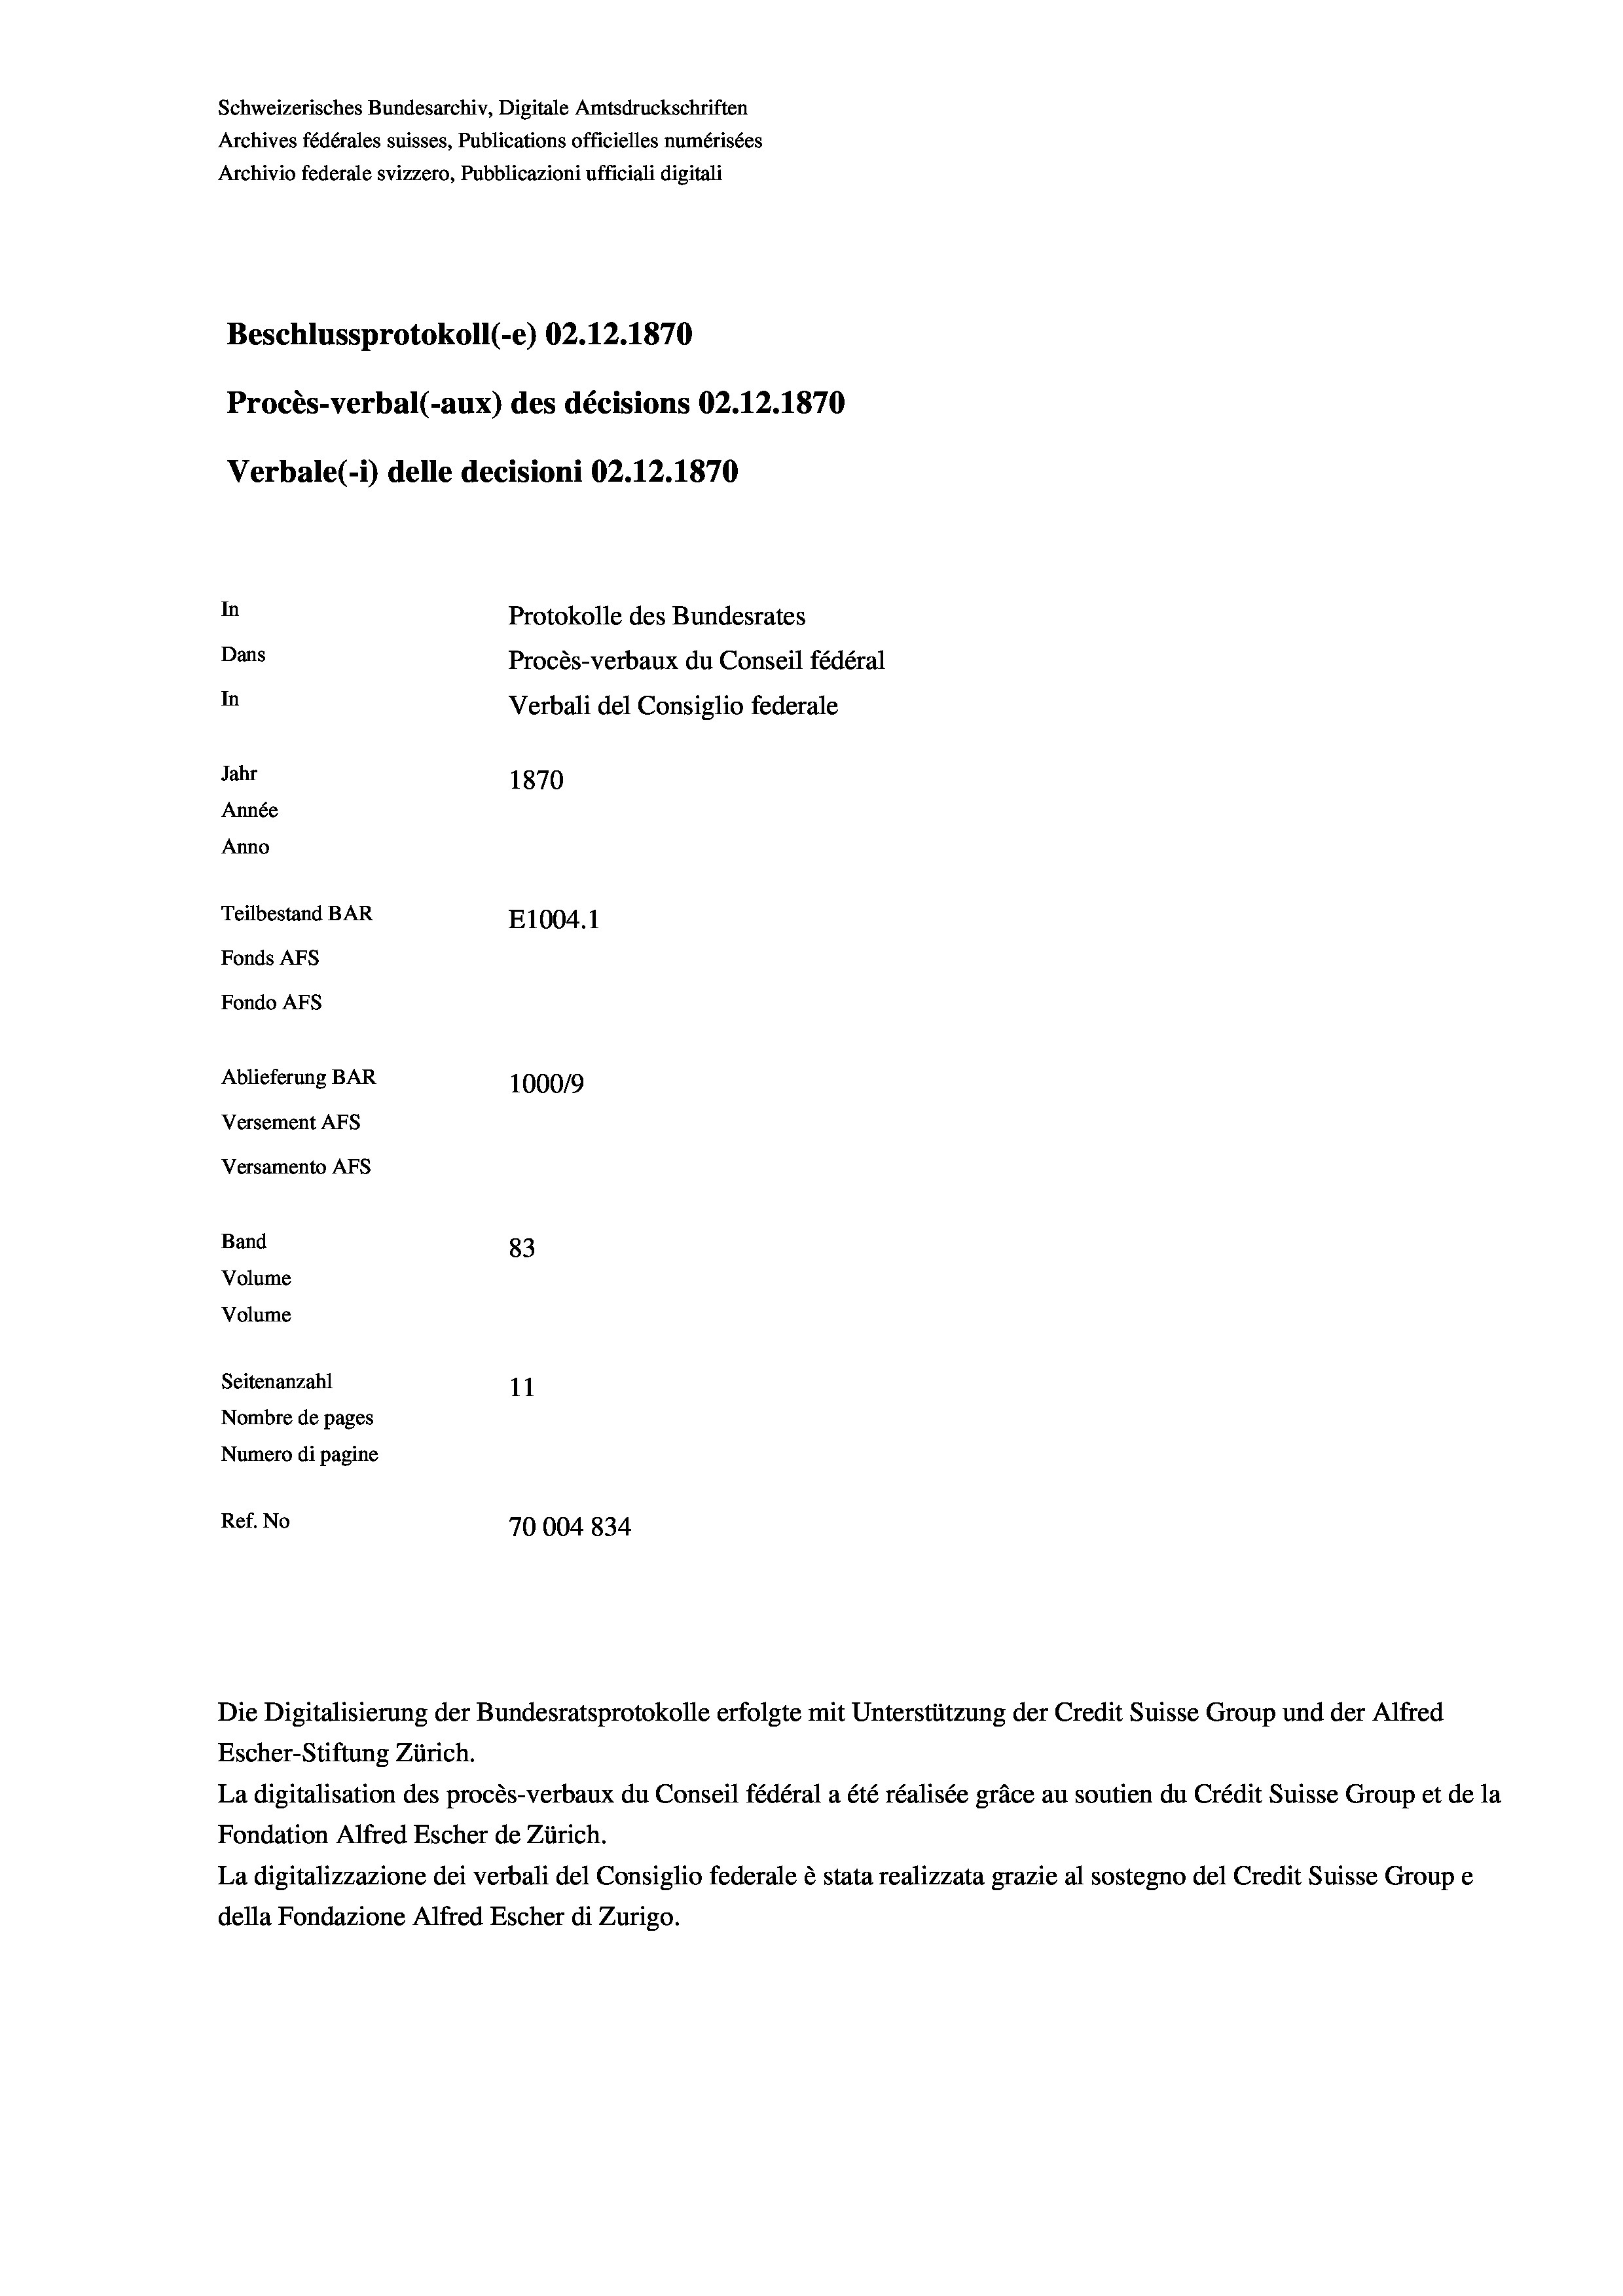
Schweizerisches Bundesarchiv, Digitale Amtsdruckschriften
Archives fédérales suisses, Publications officielles numérisées
Archivio federale svizzero, Pubblicazioni ufficiali digitali
Beschlussprotokoll (-e) 02.12.1870
Procès-verbal (-aux) des décisions 02.12.1870
Verbale (i) delle decisioni 02.12.1870
In
Protokolle des Bundesrates
Dans
Procès-verbaux du Conseil fédéral
In
Verbali del Consiglio federale
Jahr
1870
Année
Anno
Teilbestand BAR
E1004.1
Fonds Afs
Fondo AFs
Ablieferung BAR
100019
Versement Abs
Versamento Afs
Band
83
Volume
Volume

Seitenanzahl
11
Nombre de pages
Numero di pagine
Ref. No
70004834

Die Digitalisierung der Bundesratsprotokolle erfolgte mit Unterstützung der Credit Suisse Group und der Alfred
Escher-Stiftung Zürich.
La digitalisation des procès-verbaux du Conseil fédéral a été réalisée gräce au soutien du Crédit Suisse Group et de la
Fondation Alfred Escher de Zürich.
La digitalizzazione dei verbali del Consiglio federale è stata realizzata grazie al sostegno del Credit Suisse Groupe
della Fondazione Alfred Escher di Zurigo.